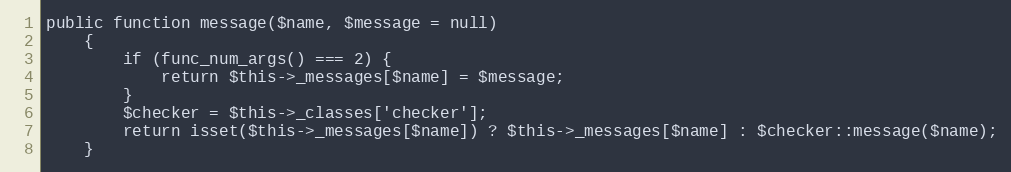
Language: PHP
public function message($name, $message = null)
    {
        if (func_num_args() === 2) {
            return $this->_messages[$name] = $message;
        }
        $checker = $this->_classes['checker'];
        return isset($this->_messages[$name]) ? $this->_messages[$name] : $checker::message($name);
    }